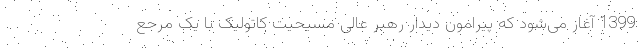
1399 آغاز می‌شود که پیرامون دیدار رهبر عالی مسیحیت کاتولیک با یک مرجع